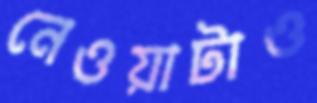
নেওয়াটাও